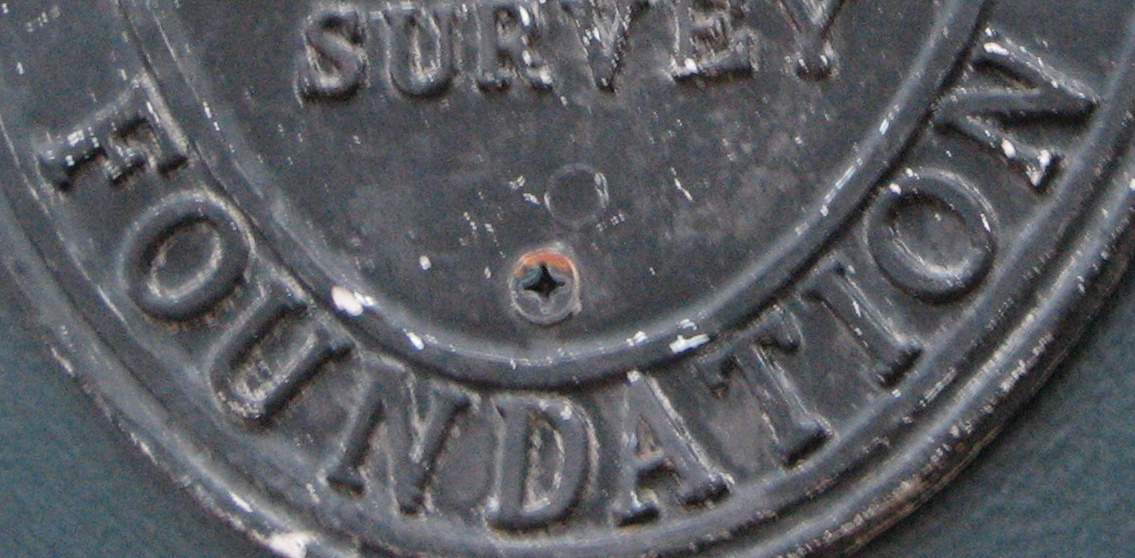
FOUNDATION